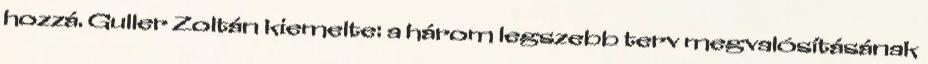
hozzá. Guller Zoltán kiemelte: a három legszebb terv megvalósításának